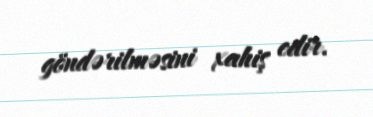
göndərilməsini xahiş edir.